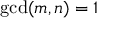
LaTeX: \operatorname* { g c d } ( m , n ) = 1